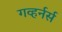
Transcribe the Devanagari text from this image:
गव्हर्नर्स